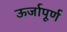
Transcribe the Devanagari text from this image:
ऊर्जापूर्ण